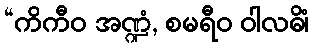
“ကိကီဝ အဏ္ဍံ, စမရီဝ ဝါလဓိံ၊